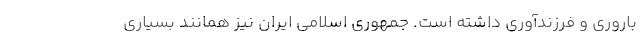
باروری و فرزندآوری داشته است. جمهوری اسلامی ایران نیز همانند بسیاری